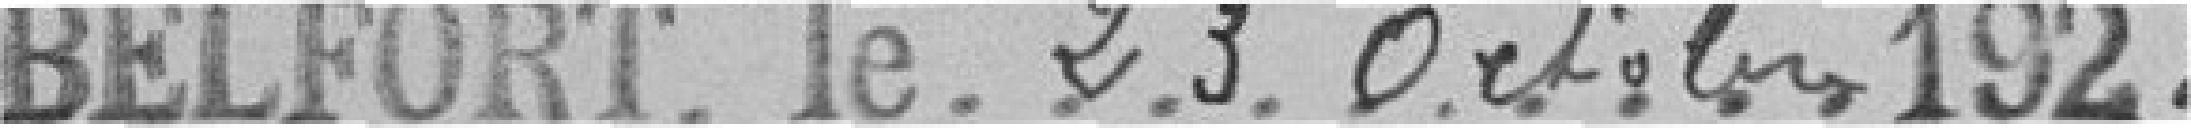
Belfort, le 23 octobre 1922